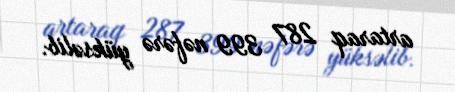
artaraq 287 399 nəfərə yüksəlib.